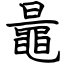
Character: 鼂